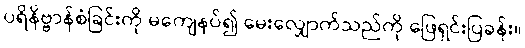
ပရိနိဗ္ဗာန်စံခြင်းကို မကျေနပ်၍ မေးလျှောက်သည်ကို ဖြေရှင်းပြခန်း။